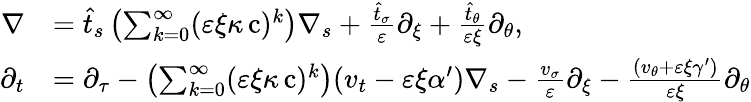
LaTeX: \begin{array}{rl}{\nabla}&{=\widehat{t}_{s}\left(\sum_{k=0}^{\infty}(\varepsilon\xi\kappa\operatorname{c})^{k}\right)\nabla_{s}+\frac{\hat{t}_{\sigma}}{\varepsilon}\partial_{\xi}+\frac{\hat{t}_{\theta}}{\varepsilon\xi}\partial_{\theta},}\\ {\partial_{t}}&{=\partial_{\tau}-\left(\sum_{k=0}^{\infty}(\varepsilon\xi\kappa\operatorname{c})^{k}\right){\left(v_{t}-\varepsilon\xi\alpha^{\prime}\right)}\nabla_{s}-\frac{v_{\sigma}}{\varepsilon}\partial_{\xi}-\frac{\left(v_{\theta}+\varepsilon\xi\gamma^{\prime}\right)}{\varepsilon\xi}\partial_{\theta}}\end{array}